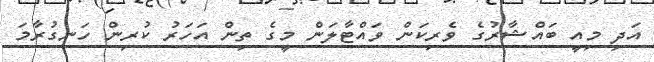
އަދި މިއީ ބައްޝާރުގެ ވެރިކަން ވައްޓާލަން މީގެ ތިން އަހަރު ކުރިން ހަނގުރާމަ